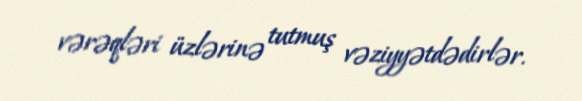
vərəqləri üzlərinə tutmuş vəziyyətdədirlər.